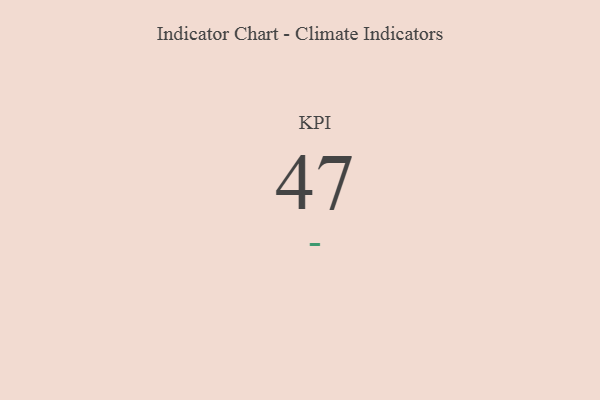
{"axis": {"x": "KPI", "y": "Value"}, "legend": [""], "data": [{"x": "KPI", "y": 47, "type": ""}]}